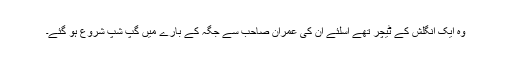
وہ ایک انگلش کے ٹیچر تھے اسلئے اُن کی عمران صاحب سے جگہ کے بارے میں گپ شپ شروع ہو گئے۔